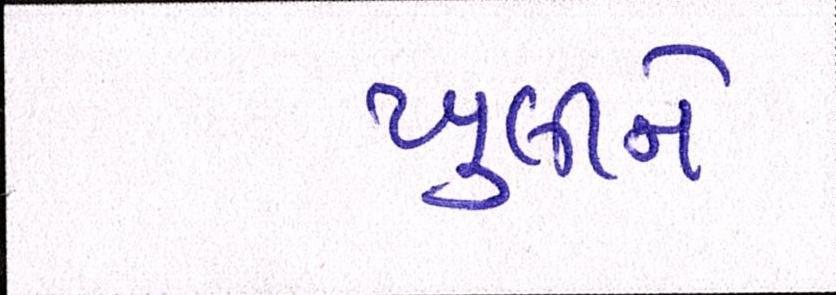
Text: ખુલીને